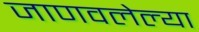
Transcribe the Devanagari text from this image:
जाणवलेल्या